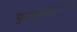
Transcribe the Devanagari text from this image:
फुफ्फुसरोहिणीमध्ये